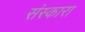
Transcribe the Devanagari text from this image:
संस्कारा